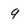
Character: 9